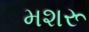
મશરૂ